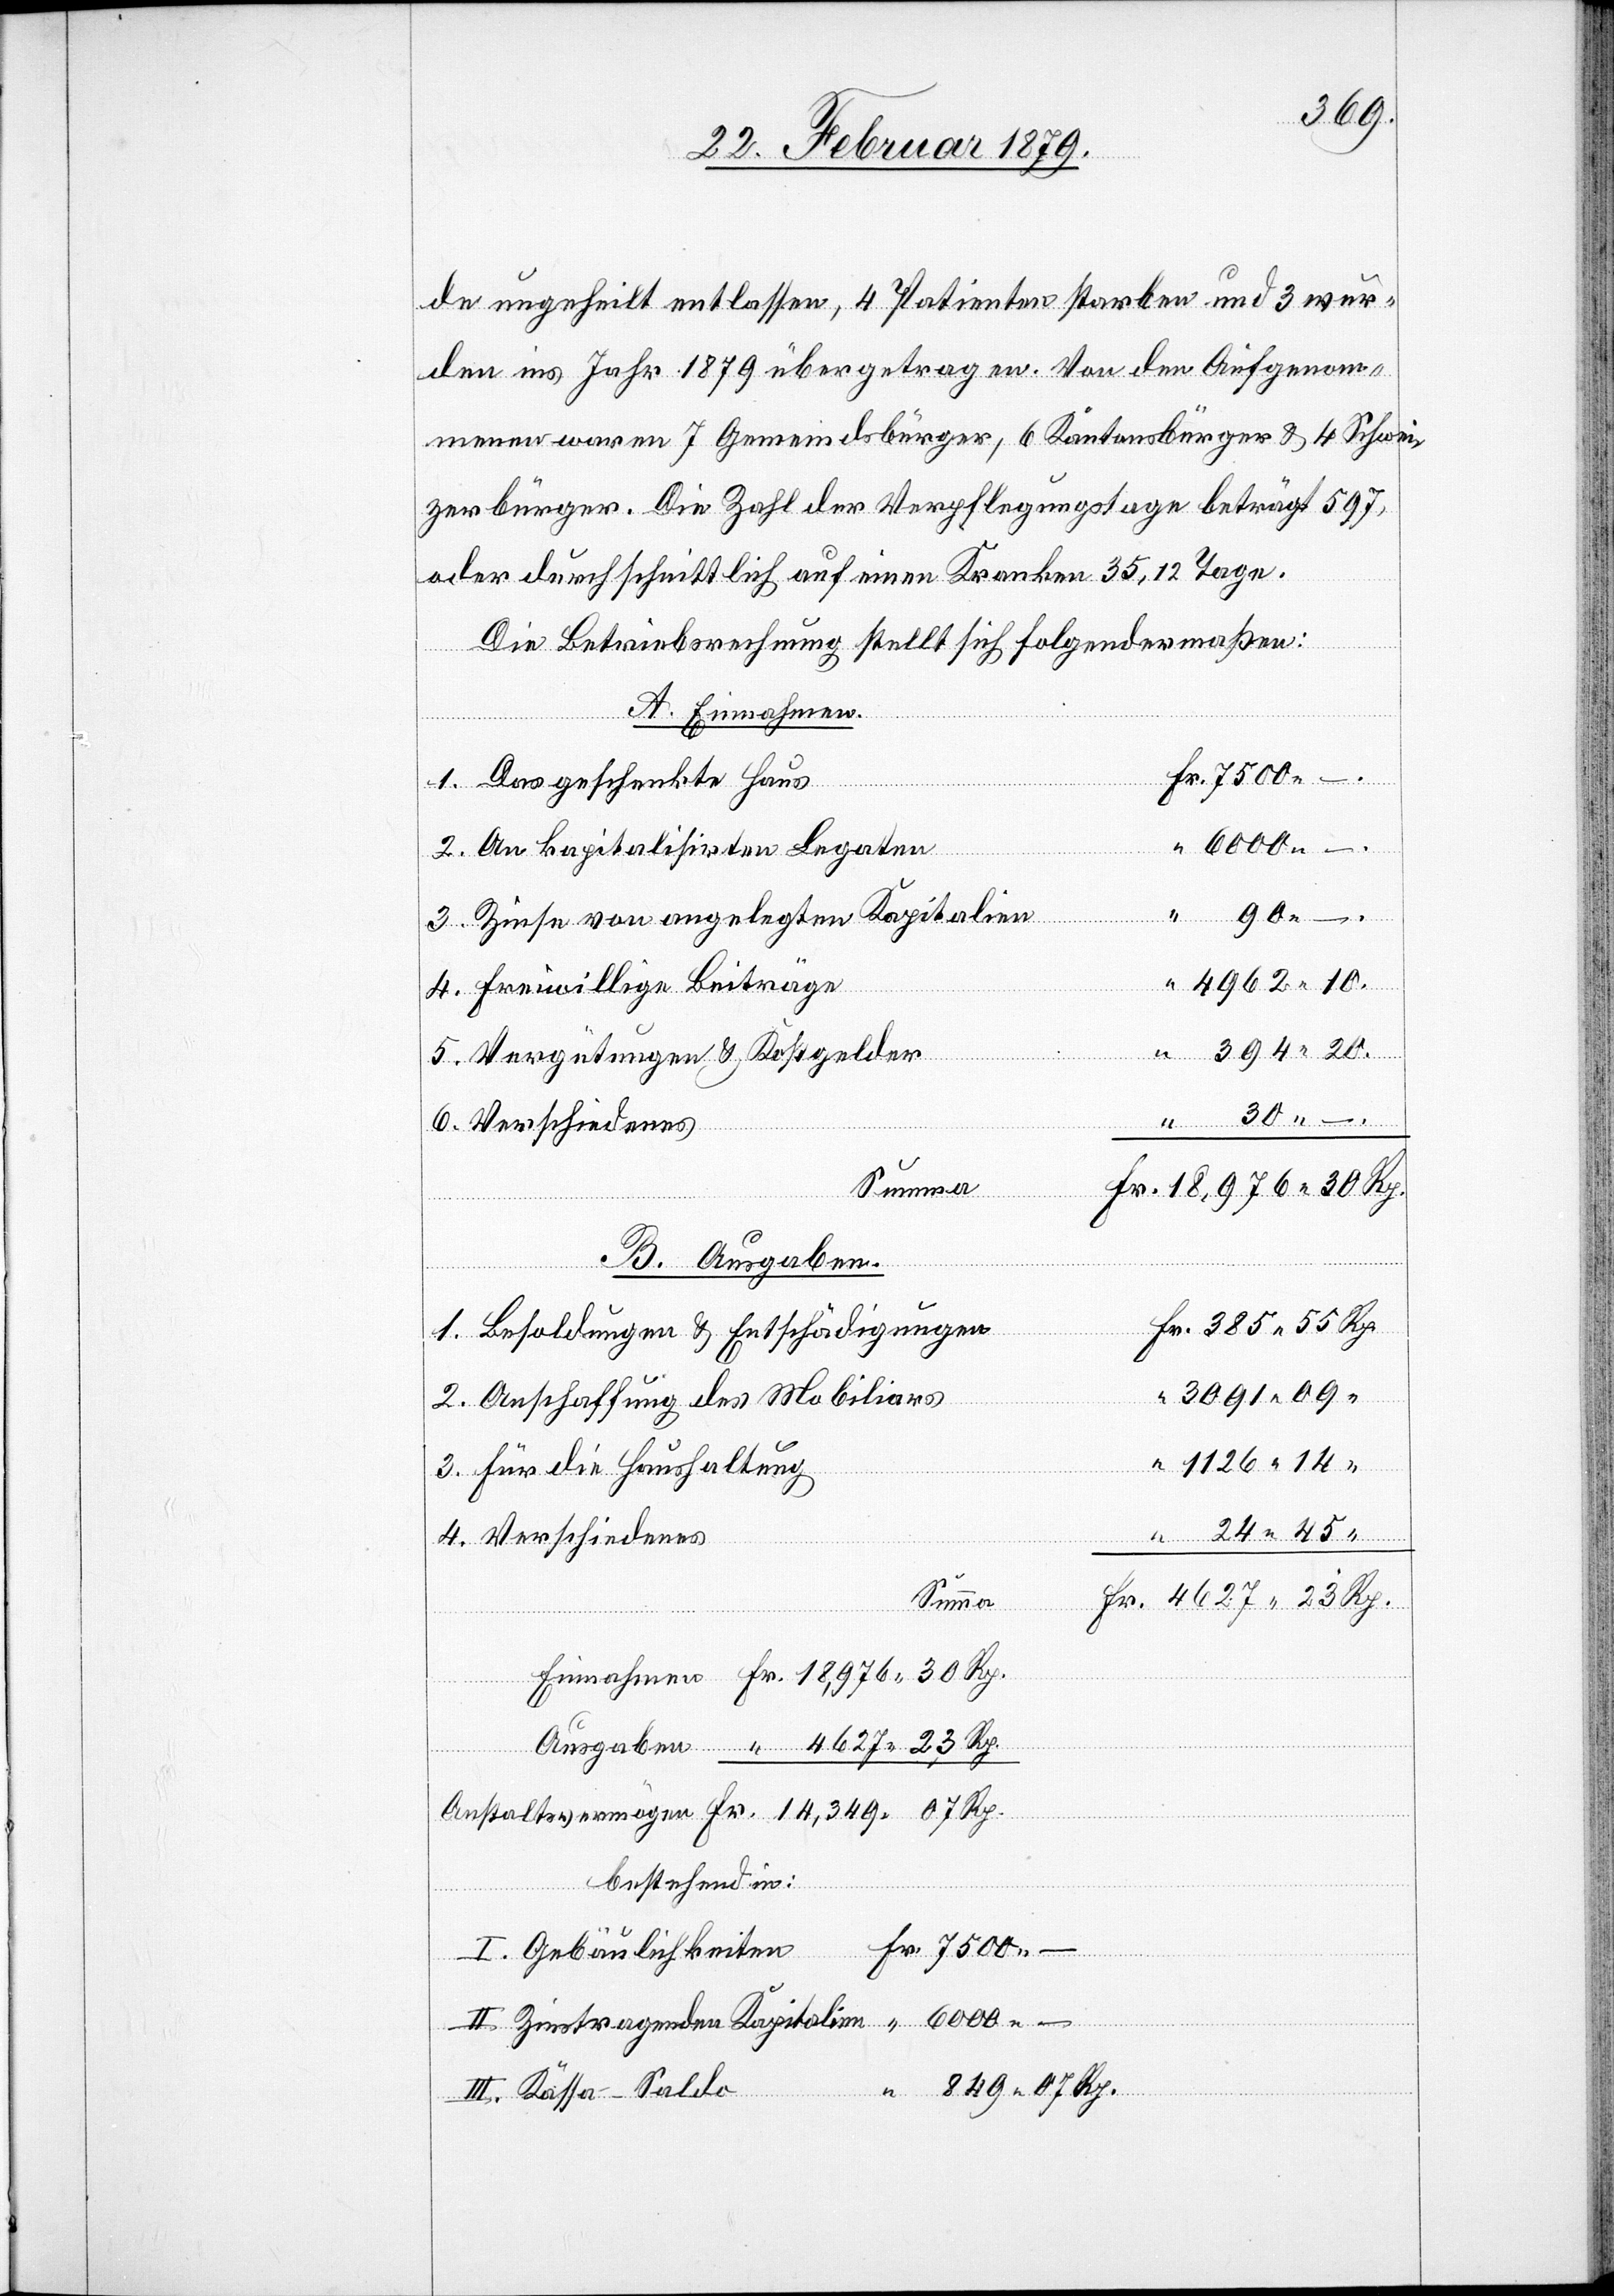
849.
de ungeheilt entlassen, 4 Patienten starben und 3 wur¬
den ins Jahr 1879 übergetragen. Von den Aufgenom¬
menen waren 7 Gemeindsbürger, 6 Kantonsbürger & 4 Schwei¬
zerbürger. Die Zahl der Verpflegungstage beträgt 597,
oder durchschnittlich auf einen Kranken 35,12 Tage.
Die Betriebsrechnung stellt sich folgendermaßen:
A. Einnahmen.
1. Das geschenkte Haus
6000.
2. An kapitalisirten Legaten
gaben
3. Zinse von angelegten Kapitalien
4627.
23
4. Freiwillige Beiträge
Rp.
5. Vergütungen & Kostgelder
6. Verschiedenes
Summa
B. Ausgaben.
1. Besoldungen & Entschädigungen
2. Anschaffung des Mobiliars
3. Für die Haushaltung
4. Verschiedenes
“
–
bestehend in:
Aus¬
I. Gebäulichkeiten
II. Zinstragenden Kapitalien
III. Kassa-Saldo